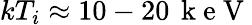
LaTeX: kT_{i}\approx 10-20\, \mathrm{~k~e~V~}